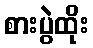
စားပွဲထိုး